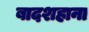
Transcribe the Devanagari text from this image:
बादशहाना